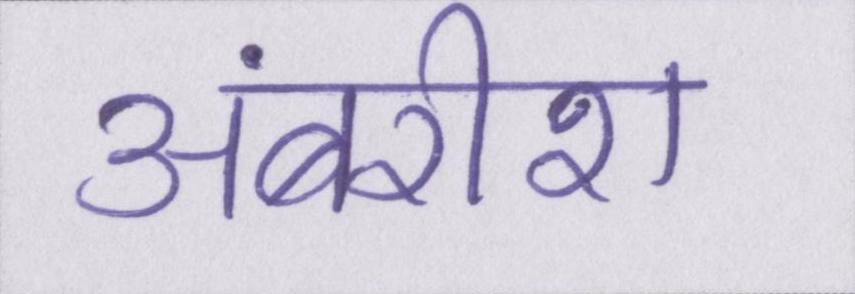
अंबरीश